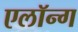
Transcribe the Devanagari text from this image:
एलॉन्ग